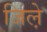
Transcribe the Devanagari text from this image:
जिले़